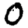
Digit: 0